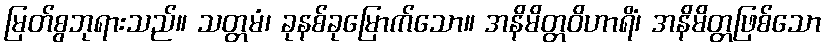
မြတ်စွဘုရားသည်။ သတ္တမံ၊ ခုနစ်ခုမြောက်သော။ အနိမိတ္တဝိဟာရိံ၊ အနိမိတ္တဖြစ်သော